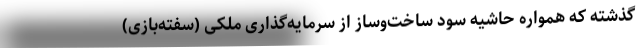
گذشته که همواره حاشیه سود ساخت‌وساز از سرمایه‌گذاری ملکی (سفته‌بازی)